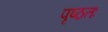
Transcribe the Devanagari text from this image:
पृष्ठतः